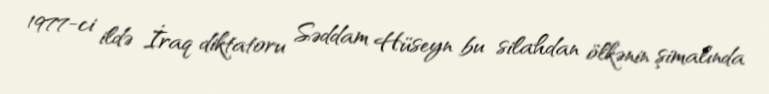
1977-ci ildə İraq diktatoru Səddam Hüseyn bu silahdan ölkənin şimalında